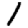
Digit: 1